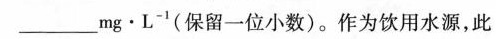
____mg \cdot L^{-1}(保留一位小数)。作为饮用水源，此